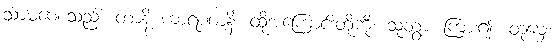
သာမဏေသည်။ တာနိ ကာရဏာနိ၊ ထိုအကြောင်းတို့ကို။ သုတွာ၊ ကြား၍။ တုမှေ၊